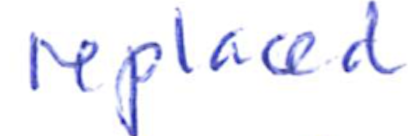
Text: replaced
Cross-out: clean
Writing tool: ballpoint